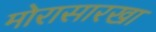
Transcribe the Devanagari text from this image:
मोरासारखा